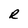
Character: R